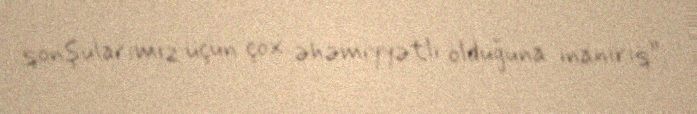
qonşularımız üçün çox əhəmiyyətli olduğuna inanırıq”.